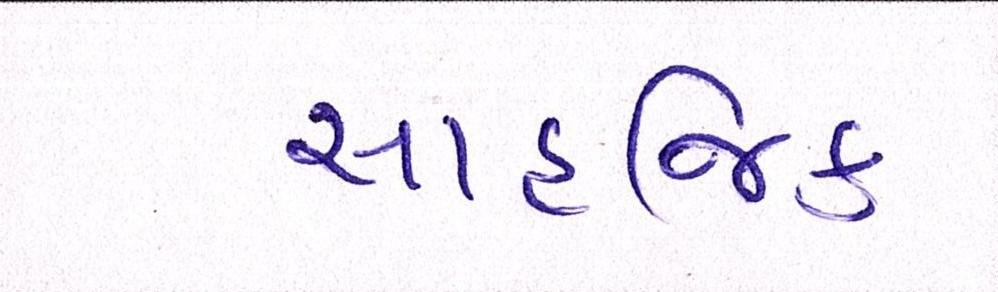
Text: સાહજિક